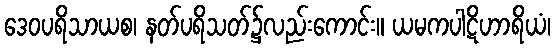
ဒေဝပရိသာယစ၊ နတ်ပရိသတ်၌လည်းကောင်း။ ယမကပါဋိဟာရိယံ၊